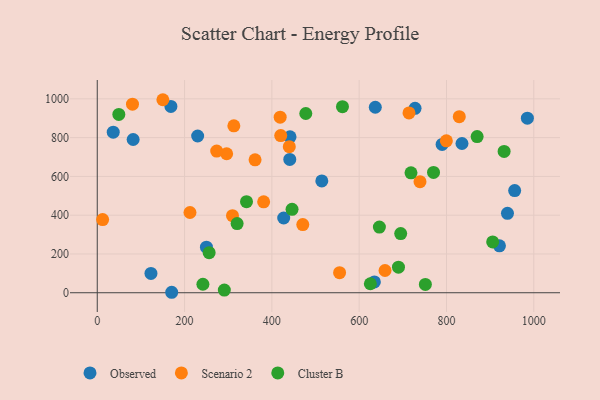
{"axis": {"x": "Ad Spend", "y": "Profit"}, "legend": ["Cluster B", "Observed", "Scenario 2"], "data": [{"x": "250.1", "y": 235.1, "type": "Observed"}, {"x": "939.7", "y": 409.4, "type": "Observed"}, {"x": "441.0", "y": 687.8, "type": "Observed"}, {"x": "427.1", "y": 385.5, "type": "Observed"}, {"x": "230.0", "y": 808.3, "type": "Observed"}, {"x": "168.7", "y": 960.9, "type": "Observed"}, {"x": "82.2", "y": 790.3, "type": "Observed"}, {"x": "634.8", "y": 55.8, "type": "Observed"}, {"x": "514.4", "y": 576.6, "type": "Observed"}, {"x": "921.3", "y": 241.8, "type": "Observed"}, {"x": "36.6", "y": 828.2, "type": "Observed"}, {"x": "170.5", "y": 2.4, "type": "Observed"}, {"x": "123.0", "y": 99.6, "type": "Observed"}, {"x": "835.5", "y": 769.8, "type": "Observed"}, {"x": "728.0", "y": 951.2, "type": "Observed"}, {"x": "956.2", "y": 526.9, "type": "Observed"}, {"x": "441.6", "y": 804.4, "type": "Observed"}, {"x": "985.3", "y": 900.3, "type": "Observed"}, {"x": "790.0", "y": 765.2, "type": "Observed"}, {"x": "636.9", "y": 956.6, "type": "Observed"}, {"x": "659.2", "y": 114.7, "type": "Scenario 2"}, {"x": "470.8", "y": 351.6, "type": "Scenario 2"}, {"x": "555.1", "y": 103.4, "type": "Scenario 2"}, {"x": "296.4", "y": 716.8, "type": "Scenario 2"}, {"x": "829.3", "y": 908.2, "type": "Scenario 2"}, {"x": "439.9", "y": 753.6, "type": "Scenario 2"}, {"x": "381.2", "y": 468.8, "type": "Scenario 2"}, {"x": "739.3", "y": 572.6, "type": "Scenario 2"}, {"x": "212.4", "y": 413.9, "type": "Scenario 2"}, {"x": "312.9", "y": 861.1, "type": "Scenario 2"}, {"x": "80.7", "y": 972.4, "type": "Scenario 2"}, {"x": "420.3", "y": 810.8, "type": "Scenario 2"}, {"x": "361.5", "y": 685.3, "type": "Scenario 2"}, {"x": "273.6", "y": 730.5, "type": "Scenario 2"}, {"x": "714.1", "y": 927.2, "type": "Scenario 2"}, {"x": "799.7", "y": 783.3, "type": "Scenario 2"}, {"x": "419.0", "y": 905.3, "type": "Scenario 2"}, {"x": "150.3", "y": 995.5, "type": "Scenario 2"}, {"x": "309.8", "y": 397.5, "type": "Scenario 2"}, {"x": "12.3", "y": 377.5, "type": "Scenario 2"}, {"x": "49.4", "y": 919.6, "type": "Cluster B"}, {"x": "751.6", "y": 43.1, "type": "Cluster B"}, {"x": "718.7", "y": 618.4, "type": "Cluster B"}, {"x": "932.0", "y": 728.7, "type": "Cluster B"}, {"x": "446.2", "y": 430.4, "type": "Cluster B"}, {"x": "242.0", "y": 43.7, "type": "Cluster B"}, {"x": "870.2", "y": 805.6, "type": "Cluster B"}, {"x": "905.8", "y": 262.0, "type": "Cluster B"}, {"x": "256.3", "y": 206.8, "type": "Cluster B"}, {"x": "477.7", "y": 924.4, "type": "Cluster B"}, {"x": "646.3", "y": 338.8, "type": "Cluster B"}, {"x": "770.3", "y": 620.6, "type": "Cluster B"}, {"x": "341.9", "y": 469.9, "type": "Cluster B"}, {"x": "291.1", "y": 13.9, "type": "Cluster B"}, {"x": "561.7", "y": 959.8, "type": "Cluster B"}, {"x": "625.6", "y": 46.4, "type": "Cluster B"}, {"x": "320.4", "y": 356.5, "type": "Cluster B"}, {"x": "690.0", "y": 131.7, "type": "Cluster B"}, {"x": "695.1", "y": 305.3, "type": "Cluster B"}]}